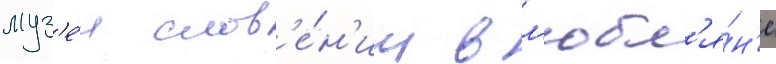
муз'е́я слов'е́н'ии в л'юбл'я́н'е